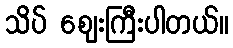
သိပ် ဈေးကြီးပါတယ်။